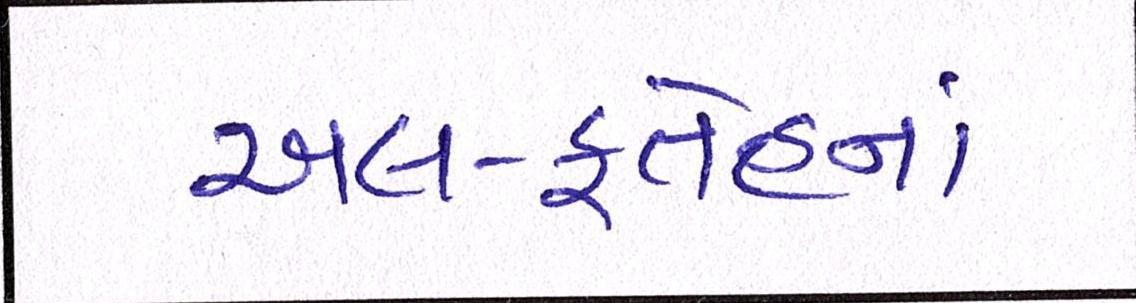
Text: અલ-ફતેહનાં